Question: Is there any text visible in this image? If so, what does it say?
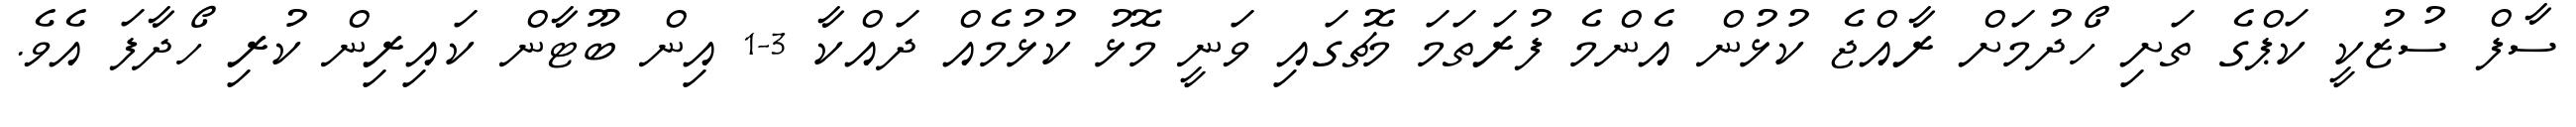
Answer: ސާފް ސުޒުކީ ކަޕްގެ ތަށި ހޯދުމަށް ރާއްޖެ ކުޅުން އެންމެ ފުރަތަމަ މެޗުގައި ވަނީ މޮޅު ކުޅުމެއް ދައްކާ 3-1 އިން ބޫޓާން ކައިރިން ކުރި ހޯދާފަ އެވެ.